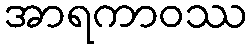
အာရကာဝဿ